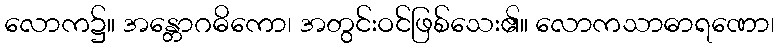
လောက၌။ အန္တောဂဓိကော၊ အတွင်းဝင်ဖြစ်သေး၏။ လောကသာဓာရဏော၊